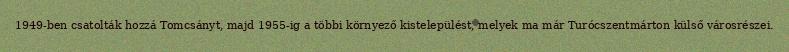
1949-ben csatolták hozzá Tomcsányt, majd 1955-ig a többi környező kistelepülést, melyek ma már Turócszentmárton külső városrészei.